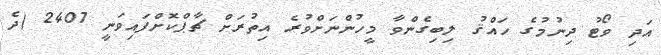
އަދި ވޯޓު ދިނުމުގެ ހައްޤު ލިބިގެންވާ މީހުންނަށްވުރެ އިތުރަށް ޗާޕްކޮށްފައިވަނީ 2407 (ދެ